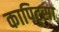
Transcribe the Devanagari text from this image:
कापिट्सा